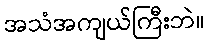
အသံအကျယ်ကြီးဘဲ။